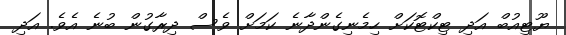
ޔޫޓިއުބް އަދި ޓިކްޓޮކަށް ހިމެނިގެންދާނެ ކަމަށް ވެސް ދިރާގުން ބުނެ އެވެ. އަދި